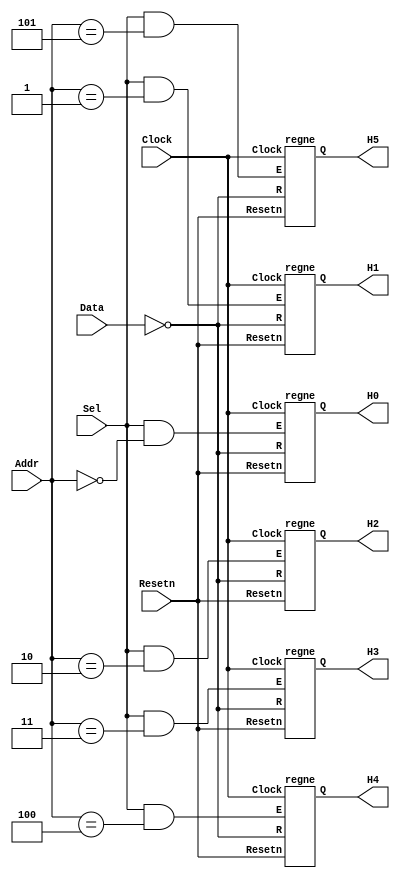
// Data written to registers R0 to R5 are sent to the H digits
module seg7 (Data, Addr, Sel, Resetn, Clock, H5, H4, H3, H2, H1, H0);
    input [6:0] Data;
    input [2:0] Addr;
    input Sel, Resetn, Clock;
    output [6:0] H5, H4, H3, H2, H1, H0;

    wire [6:0] nData;
	 wire [6:0] R0, R1, R2, R3, R4, R5; 
    assign nData = ~Data;

    regne reg_R0 (nData, Clock, Resetn, Sel & (Addr == 3'b000), R0);
	 regne reg_R1 (nData, Clock, Resetn, Sel & (Addr == 3'b001), R1);
	 regne reg_R2 (nData, Clock, Resetn, Sel & (Addr == 3'b010), R2);
	 regne reg_R3 (nData, Clock, Resetn, Sel & (Addr == 3'b011), R3);
	 regne reg_R4 (nData, Clock, Resetn, Sel & (Addr == 3'b100), R4);
	 regne reg_R5 (nData, Clock, Resetn, Sel & (Addr == 3'b101), R5);
	 
	 assign H5 = R5;
	 assign H4 = R4;
	 assign H3 = R3;
	 assign H2 = R2;
	 assign H1 = R1;
	 assign H0 = R0;
	 
endmodule

module regne (R, Clock, Resetn, E, Q);
    parameter n = 7;
    input [n-1:0] R;
    input Clock, Resetn, E;
    output [n-1:0] Q;
    reg [n-1:0] Q;	
	
    always @(posedge Clock)
        if (Resetn == 0)
            Q <= {n{1'b1}};  // turn OFF all segments on reset
        else if (E)
            Q <= R;
endmodule